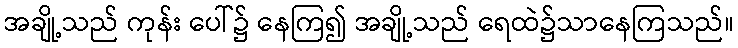
အချို့သည် ကုန်း ပေါ်၌ နေကြ၍ အချို့သည် ရေထဲ၌သာနေကြသည်။